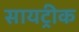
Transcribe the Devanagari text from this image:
सायट्रीक